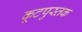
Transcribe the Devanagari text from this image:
कूटपुस्तक